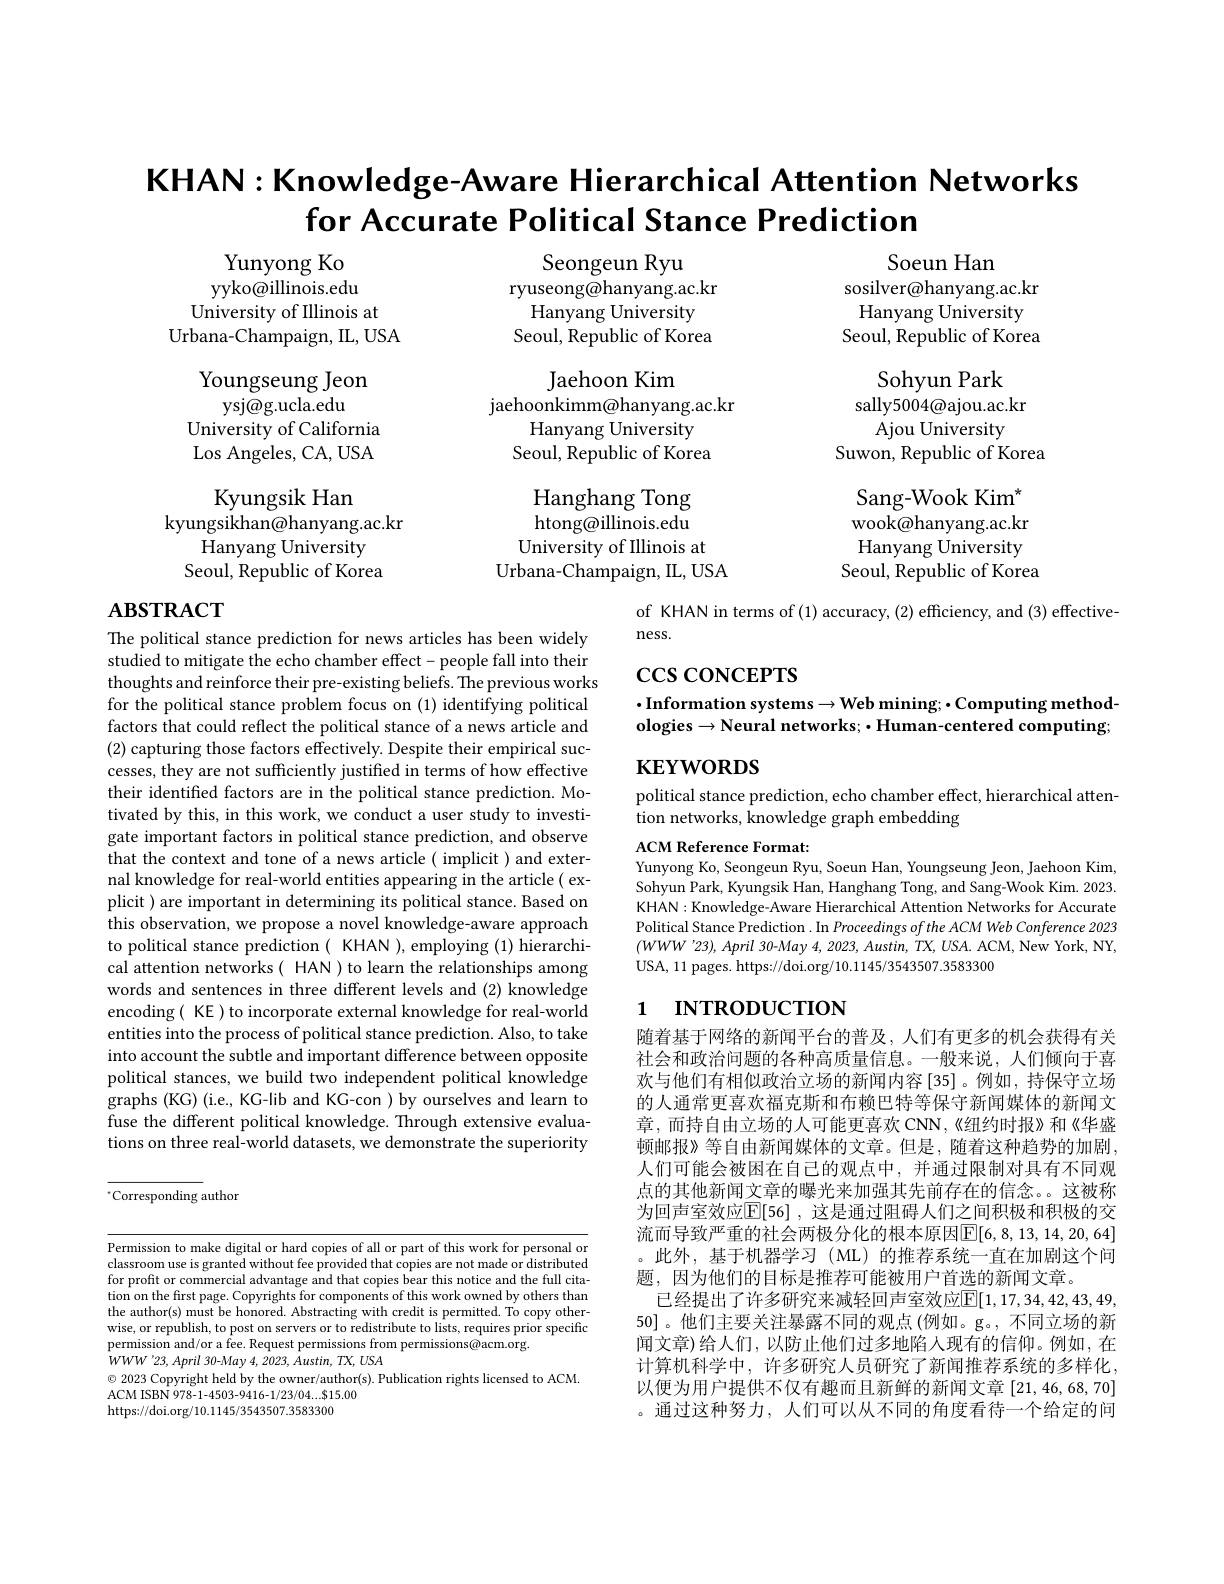
# KHAN:Knowledge-Aware Hierarchical Attention Networks for Accurate Political Stance Prediction

Seongeun Ryu

ryuseong@hanyang.ac.kr

Yunyong Ko yyko@illinois.edu University of Illinois at
Urbana-Champaign, IL, USA

Hanyang University

Seoul, Republic of Korea

Jaehoon Kim

jaehoonkimm@hanyang.ac.kr

Youngseung Jeon
ysj@g.ucla.edu
University of California Los Angeles, CA, USA

Soeun Han
sosilver@hanyang.ac.kr Hanyang University Seoul, Republic of Korea
Sohyun Park
sally5004@ajou.ac.kr
$\tilde{\mathrm{Ajou~University}}$
Suwon, Republic of Korea
Sang-Wook Kim$^{*}$ wook@hanyang.ac.kr Hanyang University Seoul, Republic of Korea

Hanyang University

Seoul, Republic of Korea

Hanghang Tong

htong@illinois.edu

Kyungsik Han
kyungsikhan@hanyang.ac.kr
Hanyang University Seoul, Republic of Korea

University of Illinois at

Urbana-Champaign, IL, USA

## $\mathbf{ABSTRACT}$

of KHAN in terms of (1) accuracy, (2) efficiency, and (3) effective-
ness.

$\csc\csc$coNCEPTS

# $\cdot$Information systems$\to$Web mining; -Computing methodologies$\to$Neural networks;$\cdot$Human-centered computing;

# $\mathbf{KEYWORDS}$

political stance prediction, echo chamber effect, hierarchical atten-
tion networks, knowledge graph embedding

The political stance prediction for news articles has been widely $\hat{\text{studied to mitigate the echo chamber effect-people fall into their}}$ thoughts and reinforce their pre-existing beliefs. The previous works for the political stance problem focus on (1) identifying political factors that could reflect the political stance of a news article and (2) capturing those factors effectively. Despite their empirical successes, they are not sufficiently justified in terms of how effective their identified factors are in the political stance prediction. Motivated by this, in this work, we conduct a user study to investigate important factors in political stance prediction, and observe that the context and tone of a news article ( implicit ) and external knowledge for real-world entities appearing in the article( explicit ) are important in determining its political stance. Based on this observation, we propose a novel knowledge-aware approach to political stance prediction ( KHAN ), employing (1) hierarchical attention networks( HAN) to learn the relationships among words and sentences in three different levels and (2) knowledge encoding( KE )to incorporate external knowledge for real-world entities into the process of political stance prediction. Also, to take into account the subtle and important difference between opposite political stances, we build two independent political knowledge graphs (KG) (i.e., KG-lib and KG-con ) by ourselves and learn to fuse the different political knowledge. Through extensive evaluations on three real-world datasets, we demonstrate the superiority

ACM Reference Format:
Yunyong Ko, Seongeun Ryu, Soeun Han, Youngseung Jeon, Jaehoon Kim, Sohyun Park, Kyungsik Han, Hanghang Tong, and Sang-Wook Kim. 2023 KHAN: Knowledge- Aware Hierarchical Attention Networks for Accurate Political Stance Prediction . In Proceedings of the ACM Web Conference 2023 $(WWW'23),April$ 30-May 4, 2023, Austin, TX, USA. ACM, New York, NY, USA, 11 pages. https://doi.org/10.1145/3543507.3583300

# 1 INTRODUCTION

$^{*}$Corresponding author

随着基于网络的新闻平台的普及，人们有更多的机会获得有关社会和政治问题的各种高质量信息。一般来说，人们倾向于喜欢与他们有相似政治立场的新闻内容[35]。例如，持保守立场的人通常更喜欢福克斯和布赖巴特等保守新闻媒体的新闻文章，而持自由立场的人可能更喜欢CNN，《纽约时报》和《华盛顿邮报》等自由新闻媒体的文章。但是，随着这种趋势的加剧， 人们可能会被困在自己的观点中，并通过限制对具有不同观点的其他新闻文章的曝光来加强其先前存在的信念。。这被称为回声室效应$\mathbb{E}[56]$ ,这是通过阻碍人们之间积极和积极的交流而导致严重的社会两极分化的根本原因$\mathbb{E}[6,8,13,14,20,64]$ 。此外，基于机器学习(ML)的推荐系统一直在加剧这个问题，因为他们的目标是推荐可能被用户首选的新闻文章。
已经提出了许多研究来减轻回声室效应$\mathbb{E}[1,17,34,42,43,49$, 50]。他们主要关注暴露不同的观点(例如。g。,不同立场的新闻文章)给人们，以防止他们过多地陷入现有的信仰。例如，在计算机科学中，许多研究人员研究了新闻推荐系统的多样化， 以便为用户提供不仅有趣而且新鲜的新闻文章[21,46,68,70] 。通过这种努力，人们可以从不同的角度看待一个给定的问

Permission to make digital or hard copies of all or part of this work for personal or classroom use is granted without fee provided that copies are not made or distributed for profit or commercial advantage and that copies bear this notice and the full citation on the first page. Copyrights for components of this work owned by others than the author(s) must be honored. Abstracting with credit is permitted. To copy otherwise, or republish, to post on servers or to redistribute to lists, requires prior specific permission and/or a fee. Request permissions from permissions@acm.org.
$WWW$ '23, April 30-May 4, 2023, Austin, TX, USA
$\odot$ 2023 Copyright held by the owner/author(s). Publication rights licensed to ACM.
ACM ISBN 978-1-4503-9416-1/23/04....$15.00
https://doi.org/10.1145/3543507.3583300